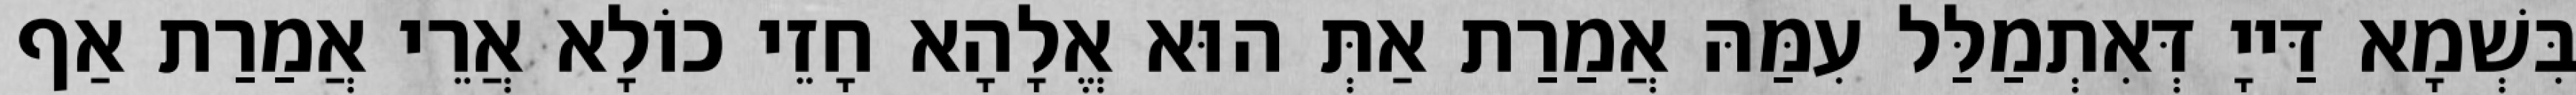
בִּשְׁמָא דַּייָ דְּאִתְמַלַּל עִמַּהּ אֲמַרַת אַתְּ הוּא אֱלָהָא חָזֵי כוֹלָא אֲרֵי אֲמַרַת אַף